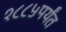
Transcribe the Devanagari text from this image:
१८८५पर्यंत